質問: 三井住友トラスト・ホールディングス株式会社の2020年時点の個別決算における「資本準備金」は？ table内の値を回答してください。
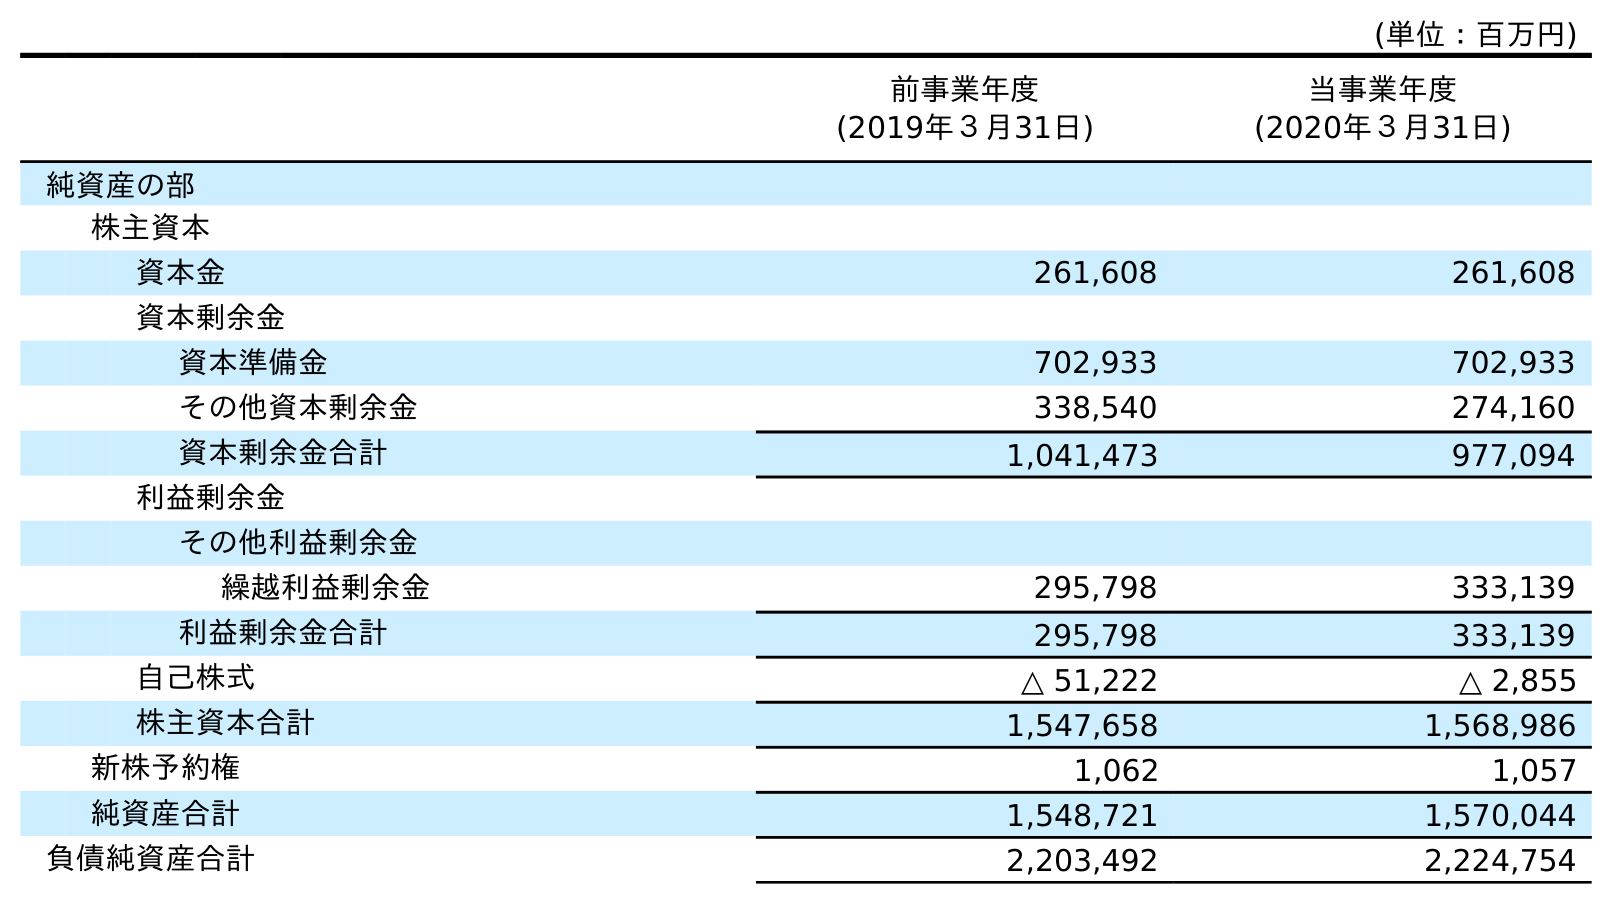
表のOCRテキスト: (単位：百万円) 前事業年度 (2019年３月31日) 当事業年度 (2020年３月31日) 純資産の部 株主資本 資本金 261,608 261,608 資本剰余金 資本準備金 702,933 702,933 その他資本剰余金 338,540 274,160 資本剰余金合計 1,041,473 977,094 利益剰余金 その他利益剰余金 繰越利益剰余金 295,798 333,139 利益剰余金合計 295,798 333,139 自己株式 △ 51,222 △ 2,855 株主資本合計 1,547,658 1,568,986 新株予約権 1,062 1,057 純資産合計 1,548,721 1,570,044 負債純資産合計 2,203,492 2,224,754
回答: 702,933